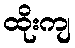
ထိုးကျ